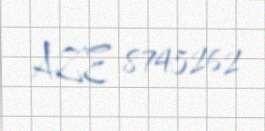
AZE 8745262